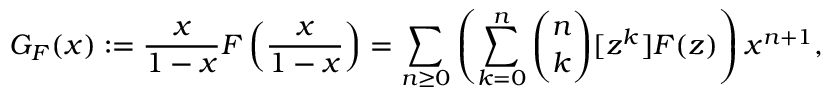
G _ { F } ( x ) : = { \frac { x } { 1 - x } } F \left( { \frac { x } { 1 - x } } \right) = \sum _ { n \geq 0 } \left( \sum _ { k = 0 } ^ { n } { \binom { n } { k } } [ z ^ { k } ] F ( z ) \right) x ^ { n + 1 } ,